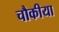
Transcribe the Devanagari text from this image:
चौकीया